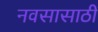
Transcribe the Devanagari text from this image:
नवसासाठी